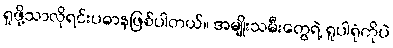
ရှုဖို့သာလိုရင်းပဓာနဖြစ်ပါတယ်။ အမျိုးသမီးတွေရဲ့ ရူပါရုံကိုပဲ